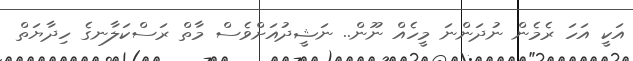
އަކީ އަހަ ރެމެން ނުދަންނަ މީހެއް ނޫން.. ނަޝީދުއަށްވެސް މާތް ރަސްކަލާނގެ ހިދާޔަތް